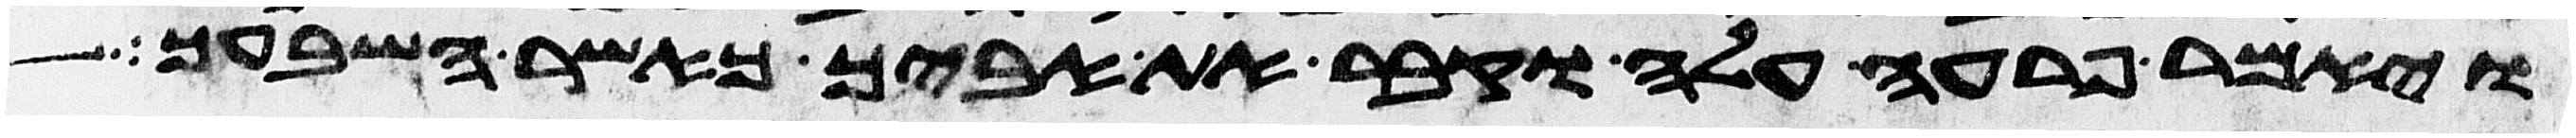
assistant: ויאמר פרעה עלה וקבר את אביך כאשר השביעך